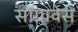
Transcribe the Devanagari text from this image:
सांगावेसे